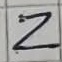
Text: Z